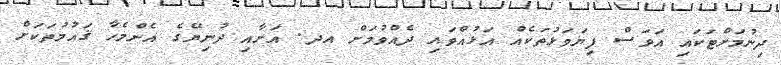
ދިނުމަށްޓަކައި އަވަސް ފިޔަވަޅުތަކެއް އަޅުއްވައި ދެއްވުމަށް އދ. އަށާއި ދުނިޔޭގެ އެންމެހާ ޤައުމުތަކަށް